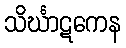
သိင်္ဃာဋကေန